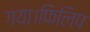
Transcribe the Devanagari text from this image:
गया।फिलिप